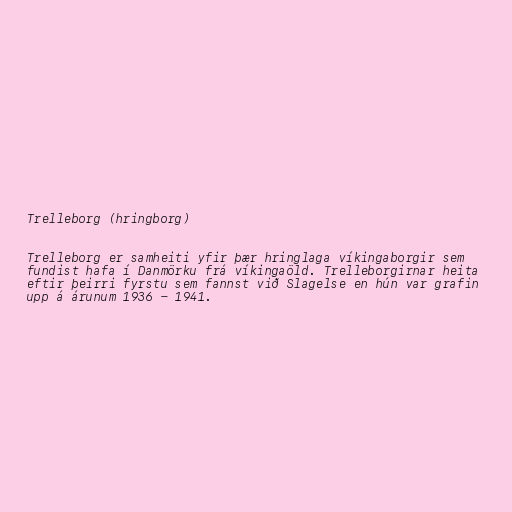
Trelleborg (hringborg)

Trelleborg er samheiti yfir þær hringlaga víkingaborgir sem
fundist hafa í Danmörku frá víkingaöld. Trelleborgirnar heita
eftir þeirri fyrstu sem fannst við Slagelse en hún var grafin
upp á árunum 1936 - 1941.